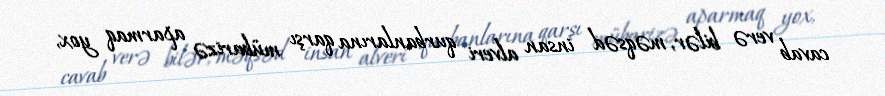
cavab verə bilər, məqsəd insan alveri qurbanlarına qarşı mübarizə aparmaq yox,